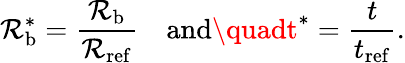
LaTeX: \mathcal{R}_{\mathrm{{b}}}^{*}=\frac{{\mathcal{R}_{\mathrm{{b}}}}}{{\mathcal{R}_{\mathrm{{ref}}}}}\quad\mathrm{{and}}\quadt^{*}=\frac{{t}}{{t_{\mathrm{{ref}}}}}.